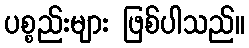
ပစ္စည်းများ ဖြစ်ပါသည်။